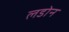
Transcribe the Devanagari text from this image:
लडोन